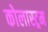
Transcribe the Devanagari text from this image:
कोलास्ट्रम